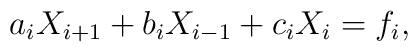
a_iX_{i+1}+b_iX_{i-1}+c_iX_i=f_i,